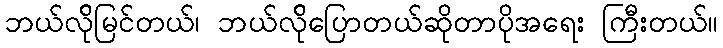
ဘယ်လ်ိုမြင်တယ်၊ ဘယ်လ်ိုပြောတယ်ဆိုတာပိုအရေး ကြီးတယ်။